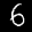
Label: 6